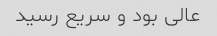
عالى بود و سریع رسید